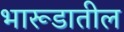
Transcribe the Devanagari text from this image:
भारूडातील